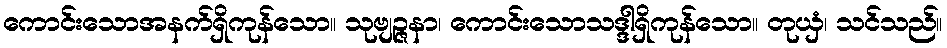
ကောင်းသောအနက်ရှိကုန်သော။ သုဗျဉ္ဇနာ၊ ကောင်းသောသဒ္ဒါရှိကုန်သော။ တုယှံ၊ သင်သည်။